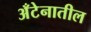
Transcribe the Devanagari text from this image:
अँटेनातील